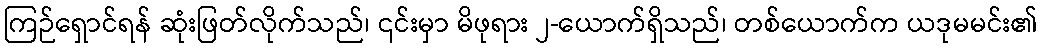
ကြဉ်ရှောင်ရန် ဆုံးဖြတ်လိုက်သည်၊ ၎င်းမှာ မိဖုရား ၂-ယောက်ရှိသည်၊ တစ်ယောက်က ယဒုမမင်း၏